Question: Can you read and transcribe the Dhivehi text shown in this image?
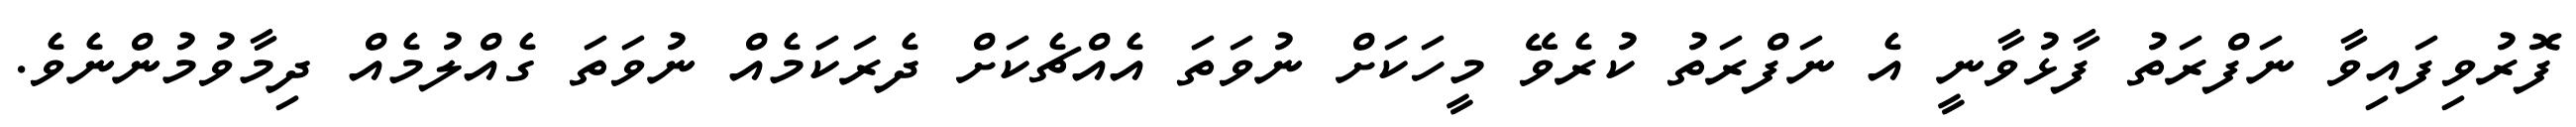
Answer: ފޮރުވިފައިވާ ނަފްރަތު ފާޅުވާނީ އެ ނަފްރަތު ކުރެވޭ މީހަކަށް ނުވަތަ އެއްޗެކަށް ދެރަކަމެއް ނުވަތަ ގެއްލުމެއް ދިމާވުމުންނެވެ.